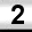
Digit: 2